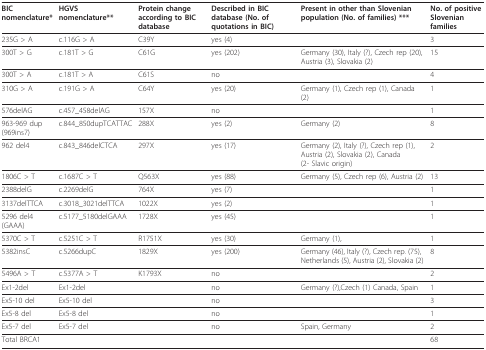
<table><thead><tr><td><b>BIC nomenclature*</b></td><td><b>HGVS nomenclature**</b></td><td><b>Protein change according to BIC database</b></td><td><b>Described in BIC database (No. of quotations in BIC)</b></td><td><b>Present in other than Slovenian population (No. of families) ***</b></td><td><b>No. of positive Slovenian families</b></td></tr></thead><tbody><tr><td>235G &gt; A</td><td>c.116G &gt; A</td><td>C39Y</td><td>yes (4)</td><td>[EMPTY_CELL]</td><td>3</td></tr><tr><td>300T &gt; G</td><td>c.181T &gt; G</td><td>C61G</td><td>yes (202)</td><td>Germany (30), Italy (?), Czech rep (20), Austria (3), Slovakia (2)</td><td>15</td></tr><tr><td>300T &gt; A</td><td>c.181T &gt; A</td><td>C61S</td><td>no</td><td>[EMPTY_CELL]</td><td>4</td></tr><tr><td>310G &gt; A</td><td>c.191G &gt; A</td><td>C64Y</td><td>yes (20)</td><td>Germany (1), Czech rep (1), Canada (2)</td><td>1</td></tr><tr><td>576delAG</td><td>c.457_458delAG</td><td>157X</td><td>no</td><td>[EMPTY_CELL]</td><td>1</td></tr><tr><td>963-969 dup (969ins7)</td><td>c.844_850dupTCATTAC</td><td>288X</td><td>yes (2)</td><td>Germany (2)</td><td>8</td></tr><tr><td>962 del4</td><td>c.843_846delCTCA</td><td>297X</td><td>yes (17)</td><td>Germany (2), Italy (?), Czech rep (1), Austria (2), Slovakia (2), Canada (2- Slavic origin)</td><td>2</td></tr><tr><td>1806C &gt; T</td><td>c.1687C &gt; T</td><td>Q563X</td><td>yes (88)</td><td>Germany (5), Czech rep (6), Austria (2)</td><td>13</td></tr><tr><td>2388delG</td><td>c.2269delG</td><td>764X</td><td>yes (7)</td><td>[EMPTY_CELL]</td><td>1</td></tr><tr><td>3137delTTCA</td><td>c.3018_3021delTTCA</td><td>1022X</td><td>yes (2)</td><td>[EMPTY_CELL]</td><td>1</td></tr><tr><td>5296 del4 (GAAA)</td><td>c.5177_5180delGAAA</td><td>1728X</td><td>yes (45)</td><td>[EMPTY_CELL]</td><td>1</td></tr><tr><td>5370C &gt; T</td><td>c.5251C &gt; T</td><td>R1751X</td><td>yes (30)</td><td>Germany (1),</td><td>1</td></tr><tr><td>5382insC</td><td>c.5266dupC</td><td>1829X</td><td>yes (200)</td><td>Germany (46), Italy (?), Czech rep. (75), Netherlands (5), Austria (2), Slovakia (2)</td><td>8</td></tr><tr><td>5496A &gt; T</td><td>c.5377A &gt; T</td><td>K1793X</td><td>no</td><td>[EMPTY_CELL]</td><td>2</td></tr><tr><td>Ex1-2del</td><td>Ex1-2del</td><td>[EMPTY_CELL]</td><td>no</td><td>Germany (?),Czech (1) Canada, Spain</td><td>1</td></tr><tr><td>Ex5-10 del</td><td>Ex5-10 del</td><td>[EMPTY_CELL]</td><td>no</td><td>[EMPTY_CELL]</td><td>3</td></tr><tr><td>Ex5-8 del</td><td>Ex5-8 del</td><td>[EMPTY_CELL]</td><td>no</td><td>[EMPTY_CELL]</td><td>1</td></tr><tr><td>Ex5-7 del</td><td>Ex5-7 del</td><td>[EMPTY_CELL]</td><td>no</td><td>Spain, Germany</td><td>2</td></tr><tr><td>Total BRCA1</td><td>[EMPTY_CELL]</td><td>[EMPTY_CELL]</td><td>[EMPTY_CELL]</td><td>[EMPTY_CELL]</td><td>68</td></tr></tbody></table>